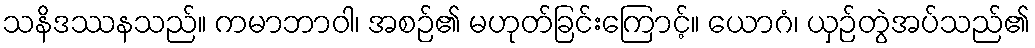
သနိဒဿနသည်။ ကမာဘာဝါ၊ အစဉ်၏ မဟုတ်ခြင်းကြောင့်။ ယောဂံ၊ ယှဉ်တွဲအပ်သည်၏